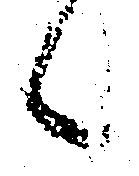
候